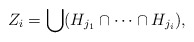
\begin{align*}Z_i=\bigcup (H_{j_1}\cap\cdots\cap H_{j_i}),\end{align*}